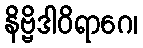
နိဗ္ဗိဒါဝိရာဂေ၊